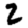
Digit: 2